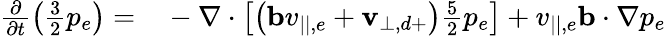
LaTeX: \begin{array}{rl}{\frac{\partial}{\partial t}\left(\frac{3}{2}p_{e}\right)=}&{{}-\nabla\cdot\left[\left(\mathbf{b}v_{||,e}+\mathbf{v}_{\perp,d+}\right)\frac{5}{2}p_{e}\right]+v_{||,e}\mathbf{b}\cdot\nabla p_{e}}\end{array}